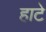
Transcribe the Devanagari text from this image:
हाटे